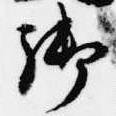
御